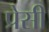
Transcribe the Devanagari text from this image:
प्रेसी